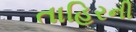
તાહિરની